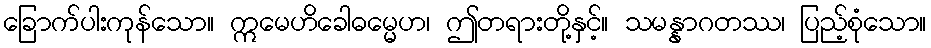
ခြောက်ပါးကုန်သော။ ဣမေဟိခေါဓမ္မေဟ၊ ဤတရားတို့နှင့်။ သမန္နာဂတဿ၊ ပြည့်စုံသော။